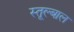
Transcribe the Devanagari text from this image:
स्तूल्बाल